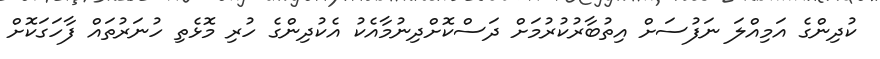
ކުދިންގެ އަމިއްލަ ނަފުސަށް އިތުބާރުކުރުމަށް ދަސްކޮށްދިނުމާއެކު އެކުދިންގެ ހުރި މޮޅެތި ހުނަރުތައް ފާހަގަކޮށް